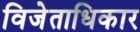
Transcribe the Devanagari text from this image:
विजेताधिकार